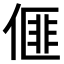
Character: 𠌨